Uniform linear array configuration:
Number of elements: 32
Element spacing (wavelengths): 1
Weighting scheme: kaiser
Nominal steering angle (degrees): -45
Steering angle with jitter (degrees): -45.278
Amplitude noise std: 0.05
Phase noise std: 0.05

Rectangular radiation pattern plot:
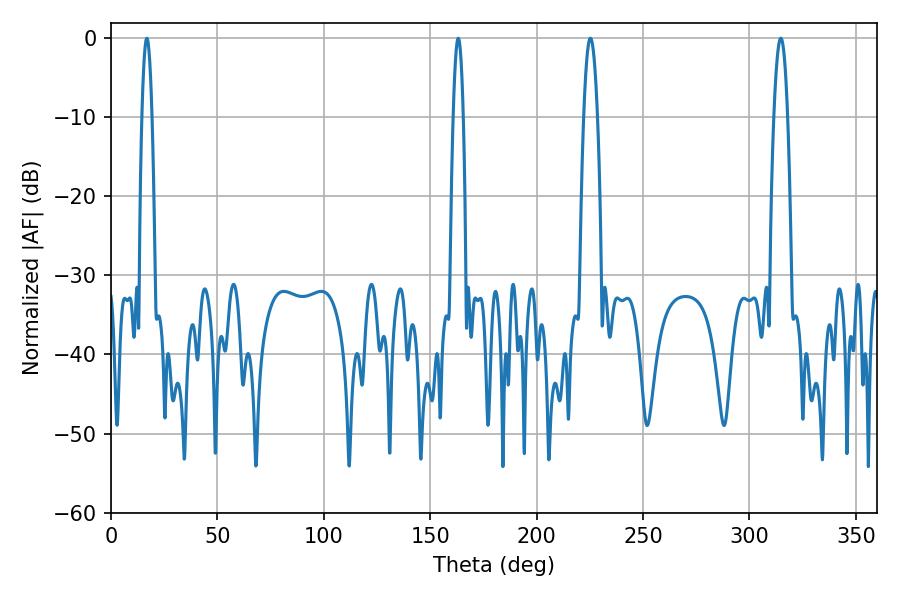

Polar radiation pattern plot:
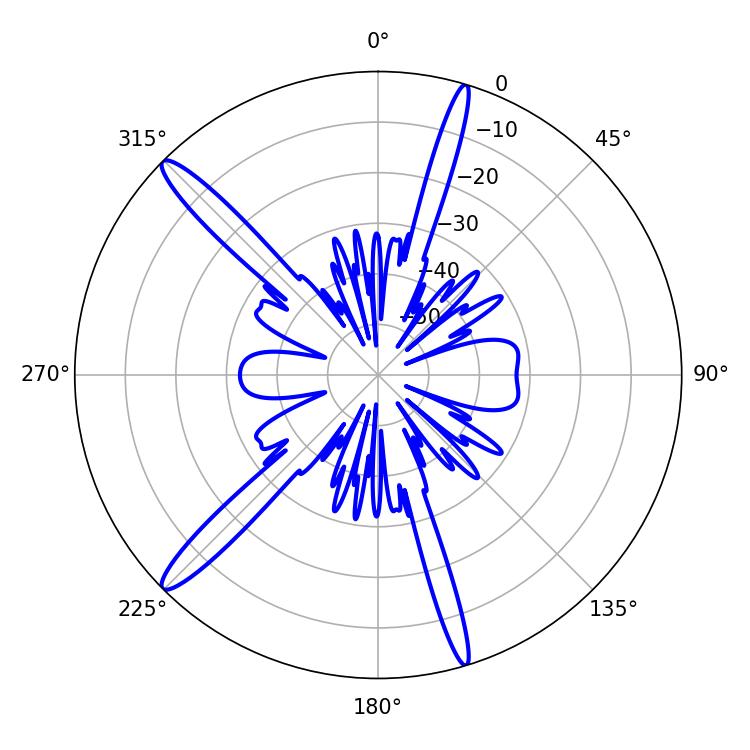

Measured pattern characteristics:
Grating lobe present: TRUE
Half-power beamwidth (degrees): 3.42
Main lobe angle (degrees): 225.18